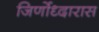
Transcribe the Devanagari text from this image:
जिर्णोध्दारास